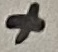
Text: +